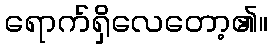
ရောက်ရှိလေတော့၏။